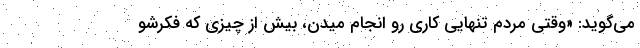
می‌گوید: «وقتی مردم تنهایی کاری رو انجام میدن، بیش از چیزی که فکرشو